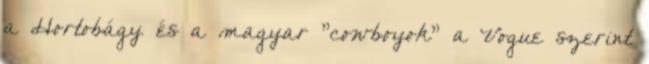
a Hortobágy és a magyar "cowboyok" a Vogue szerint